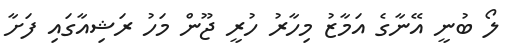
ލޯ ބުނީ އޭނާގެ އަމާޒު މިހާރު ހުރީ ޖޫން މަހު ރަޝިއާގައި ފަށާ